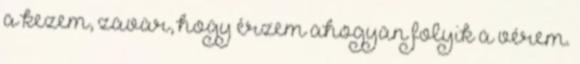
a kezem, zavar, hogy érzem ahogyan folyik a vérem.